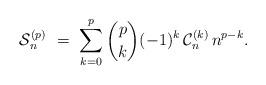
LaTeX: \begin{align*}\mathcal{S}_n^{(p)} \ = \ \sum_{k=0}^{p} \binom{p}{k} (-1)^k \, \mathcal{C}_n^{(k)} \, n^{p-k}.\end{align*}